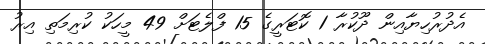
އެދުރުހިޔާއިން ދޫކުރާ 1 ކޮޓަރީގެ 15 ފްލެޓަށް 49 މީހަކު ކުރިމަތި އިރު